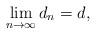
LaTeX: \begin{align*}\lim_{n\rightarrow\infty} d_n = d, \end{align*}